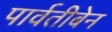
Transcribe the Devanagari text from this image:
पार्वतीबेन